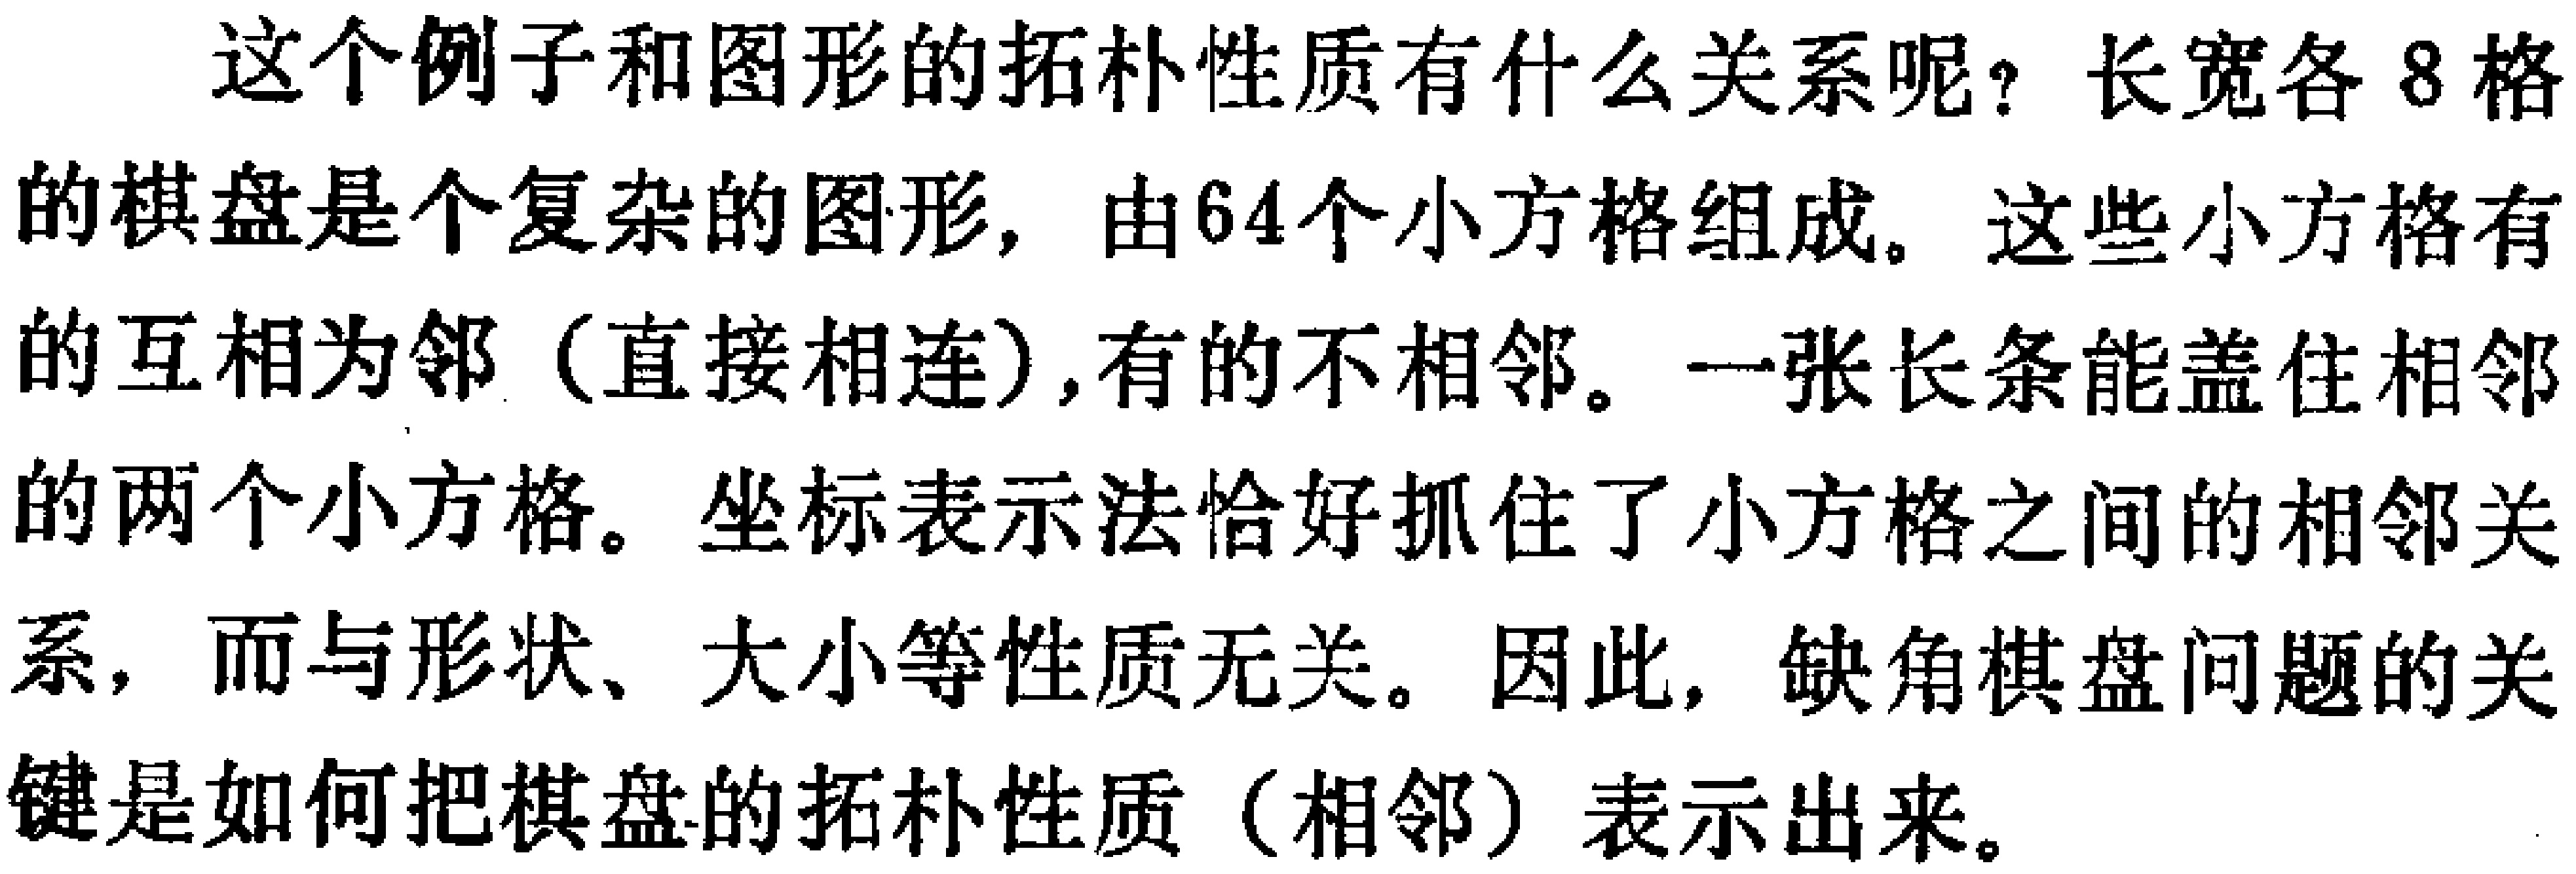
这个例子和图形的拓朴性质有什么关系呢？长宽各8格的棋盘是个复杂的图形，由64个小方格组成。这些小方格有的互相为邻（直接相连）,有的不相邻。一张长条能盖住相邻的两个小方格。坐标表示法恰好抓住了小方格之间的相邻关系，而与形状、大小等性质无关。因此，缺角棋盘问题的关键是如何把棋盘的拓朴性质（相邻）表示出来。